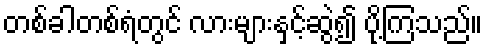
တစ်ခါတစ်ရံတွင် လားများနှင့်ဆွဲ၍ ပို့ကြသည်။